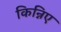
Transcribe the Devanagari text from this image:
किन्निए